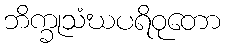
ဘိက္ခုသံဃပရိဝုတော